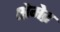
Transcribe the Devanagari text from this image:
क्षेमेद्र